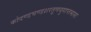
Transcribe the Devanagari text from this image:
कोदण्डचण्डशरतूणयुगाप्तभासः